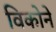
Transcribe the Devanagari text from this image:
विकोने